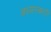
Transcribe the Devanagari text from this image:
अध्यनकारी